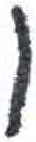
אות: ו